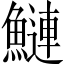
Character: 鰱